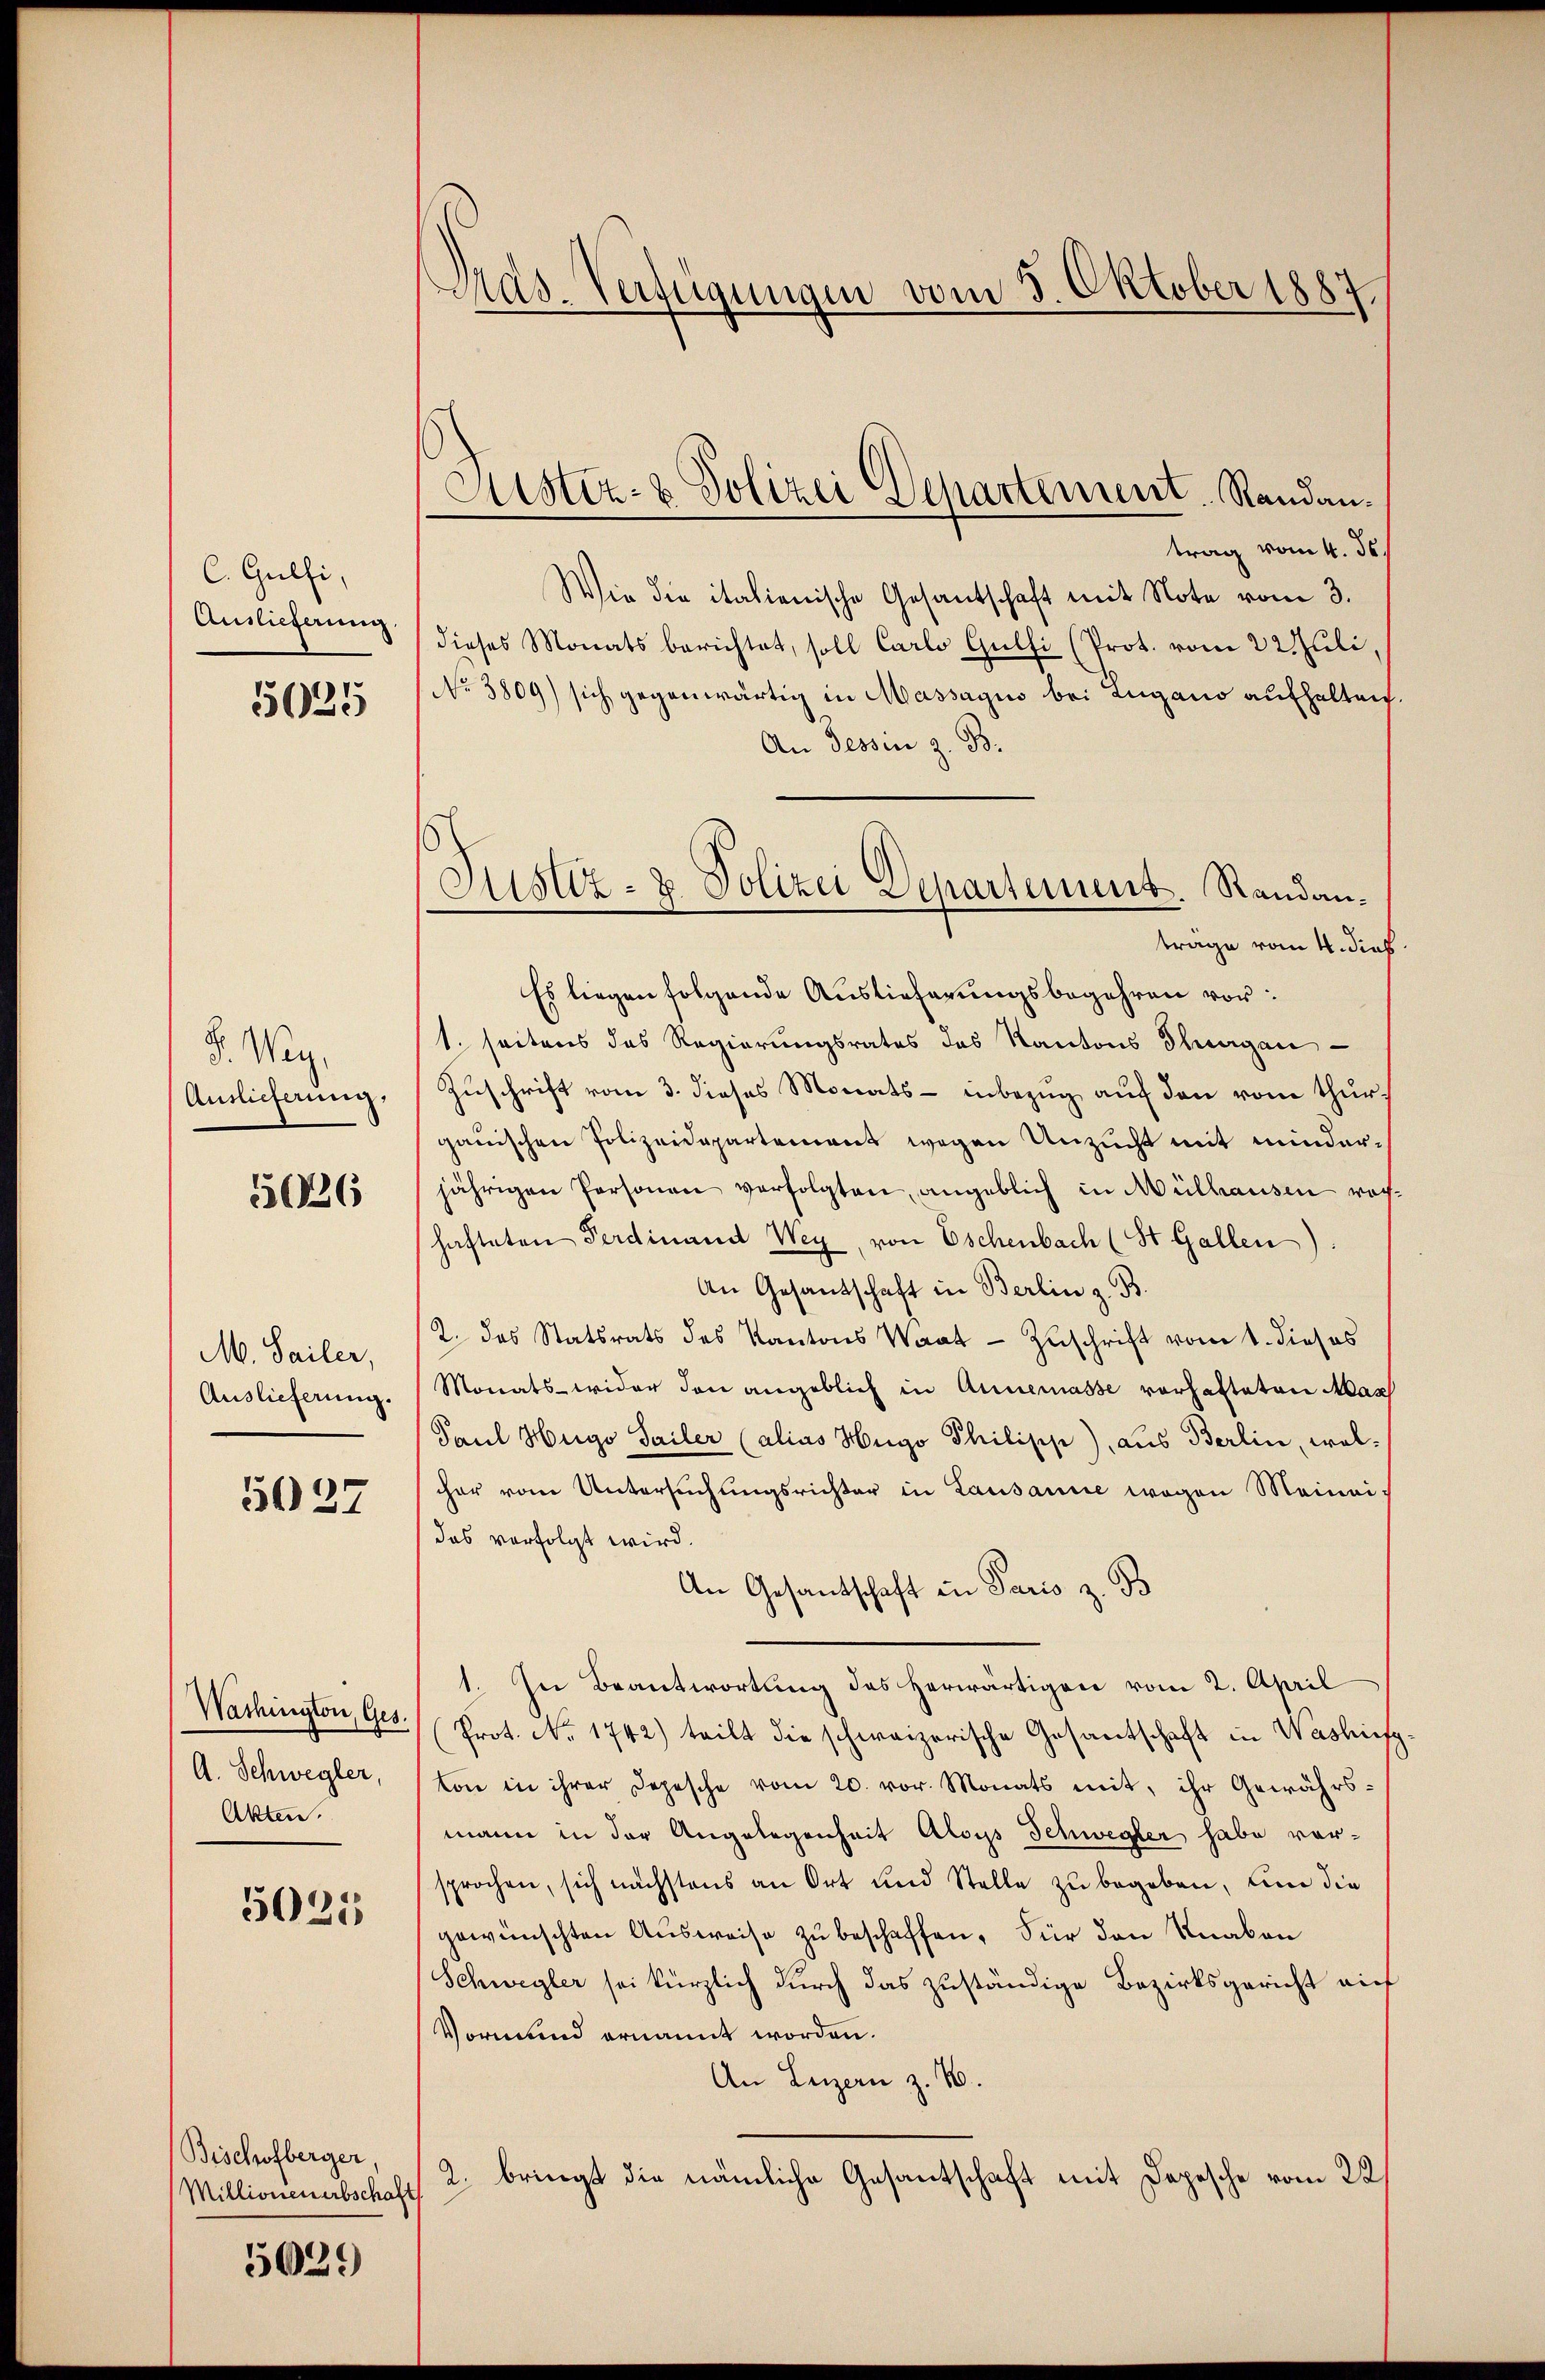
C. Gulli,
Auslieferung

5025

. Wey,
Auslieferung,

5626

M. Sailer,
Auslieferung.

5037

Washington, Ges.
A. Schwegler,
Akten.

5025

Bischofberger,
Millionen erbschaft

5629

Pras-Verfügungen vom 3. Oktober 1887

Custiz- & Polizei Departement. Randan¬

Justiz- & Polizei Separtement. Randantrage vom 4. dies

trag vom 4. ds.
Wie die italienische Gesantschaft mit Note vom 3.
dieses Monats berichtet, soll Carlo Gulfi (Prot. vom 22. Juli,
No 3809) sich gegenwärtig in Massagus bei Lugano aufhalten.
An dessen z. B.
Es liegen folgende Auslieferungsbegehren vor:
1. seitens des Regierungsrates des Kantons Thurgau
Zuschrift vom 3. dieses Monats - inbezug auf den vom Thurgauischen Polizeidepartement wegen Unzucht mit minderjährigen Personen verfolgten, angeblich in Mülhausen rechhafteten Ferdinand Wey, von Eschenbach (St. Gallen):
An Gesandschaft in Berlin z. B.
2. das Statsrats des Kantons Waat - Zuschrift vom 1. dieses
Monats wider den angeblich in Annemasse vorhafteten Max
Paul Hugo Sailer (alias Hugo Philisip), aus Berlin, welcher vom Untersuchungsrichter in Lausanne wegen Meineidas verfolgt wird.
An Gesantschaft in Paris z. B
1. In Beantwortung des herwärtigen vom 2. April
Prot. No 1742) teilt die schweizerische Gesantschaft in Washing
tone in ihrer Depesche vom 20. vor. Monats mit, ihr Gewährs-
mann in der Angelegenheit Aloys Schwegler habe vorsprochen, sich nächstens an Ort und Stelle zu begeben, und die
gewünschten Ausweise zu beschaffen. Für den Knaben
Schwegler sei kürzlich durch das zuständige Bezirksgericht auf
Vormund ernannt worden.
An Luzern z. 10.
2. bringt die nämliche Gesantschaft mit Depesche vom 22